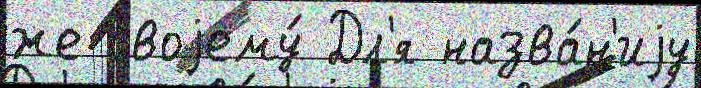
же своjему́ Дл'я назва́н'иjу